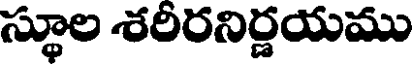
స్థూల శరీరనిర్ణయము